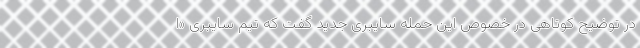
در توضیح کوتاهی در خصوص این حمله سایبری جدید گفت که تیم سایبری «ا